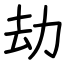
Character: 劫